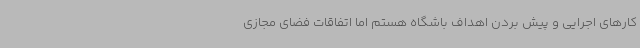
کارهای اجرایی و پیش بردن اهداف باشگاه هستم اما اتفاقات فضای مجازی